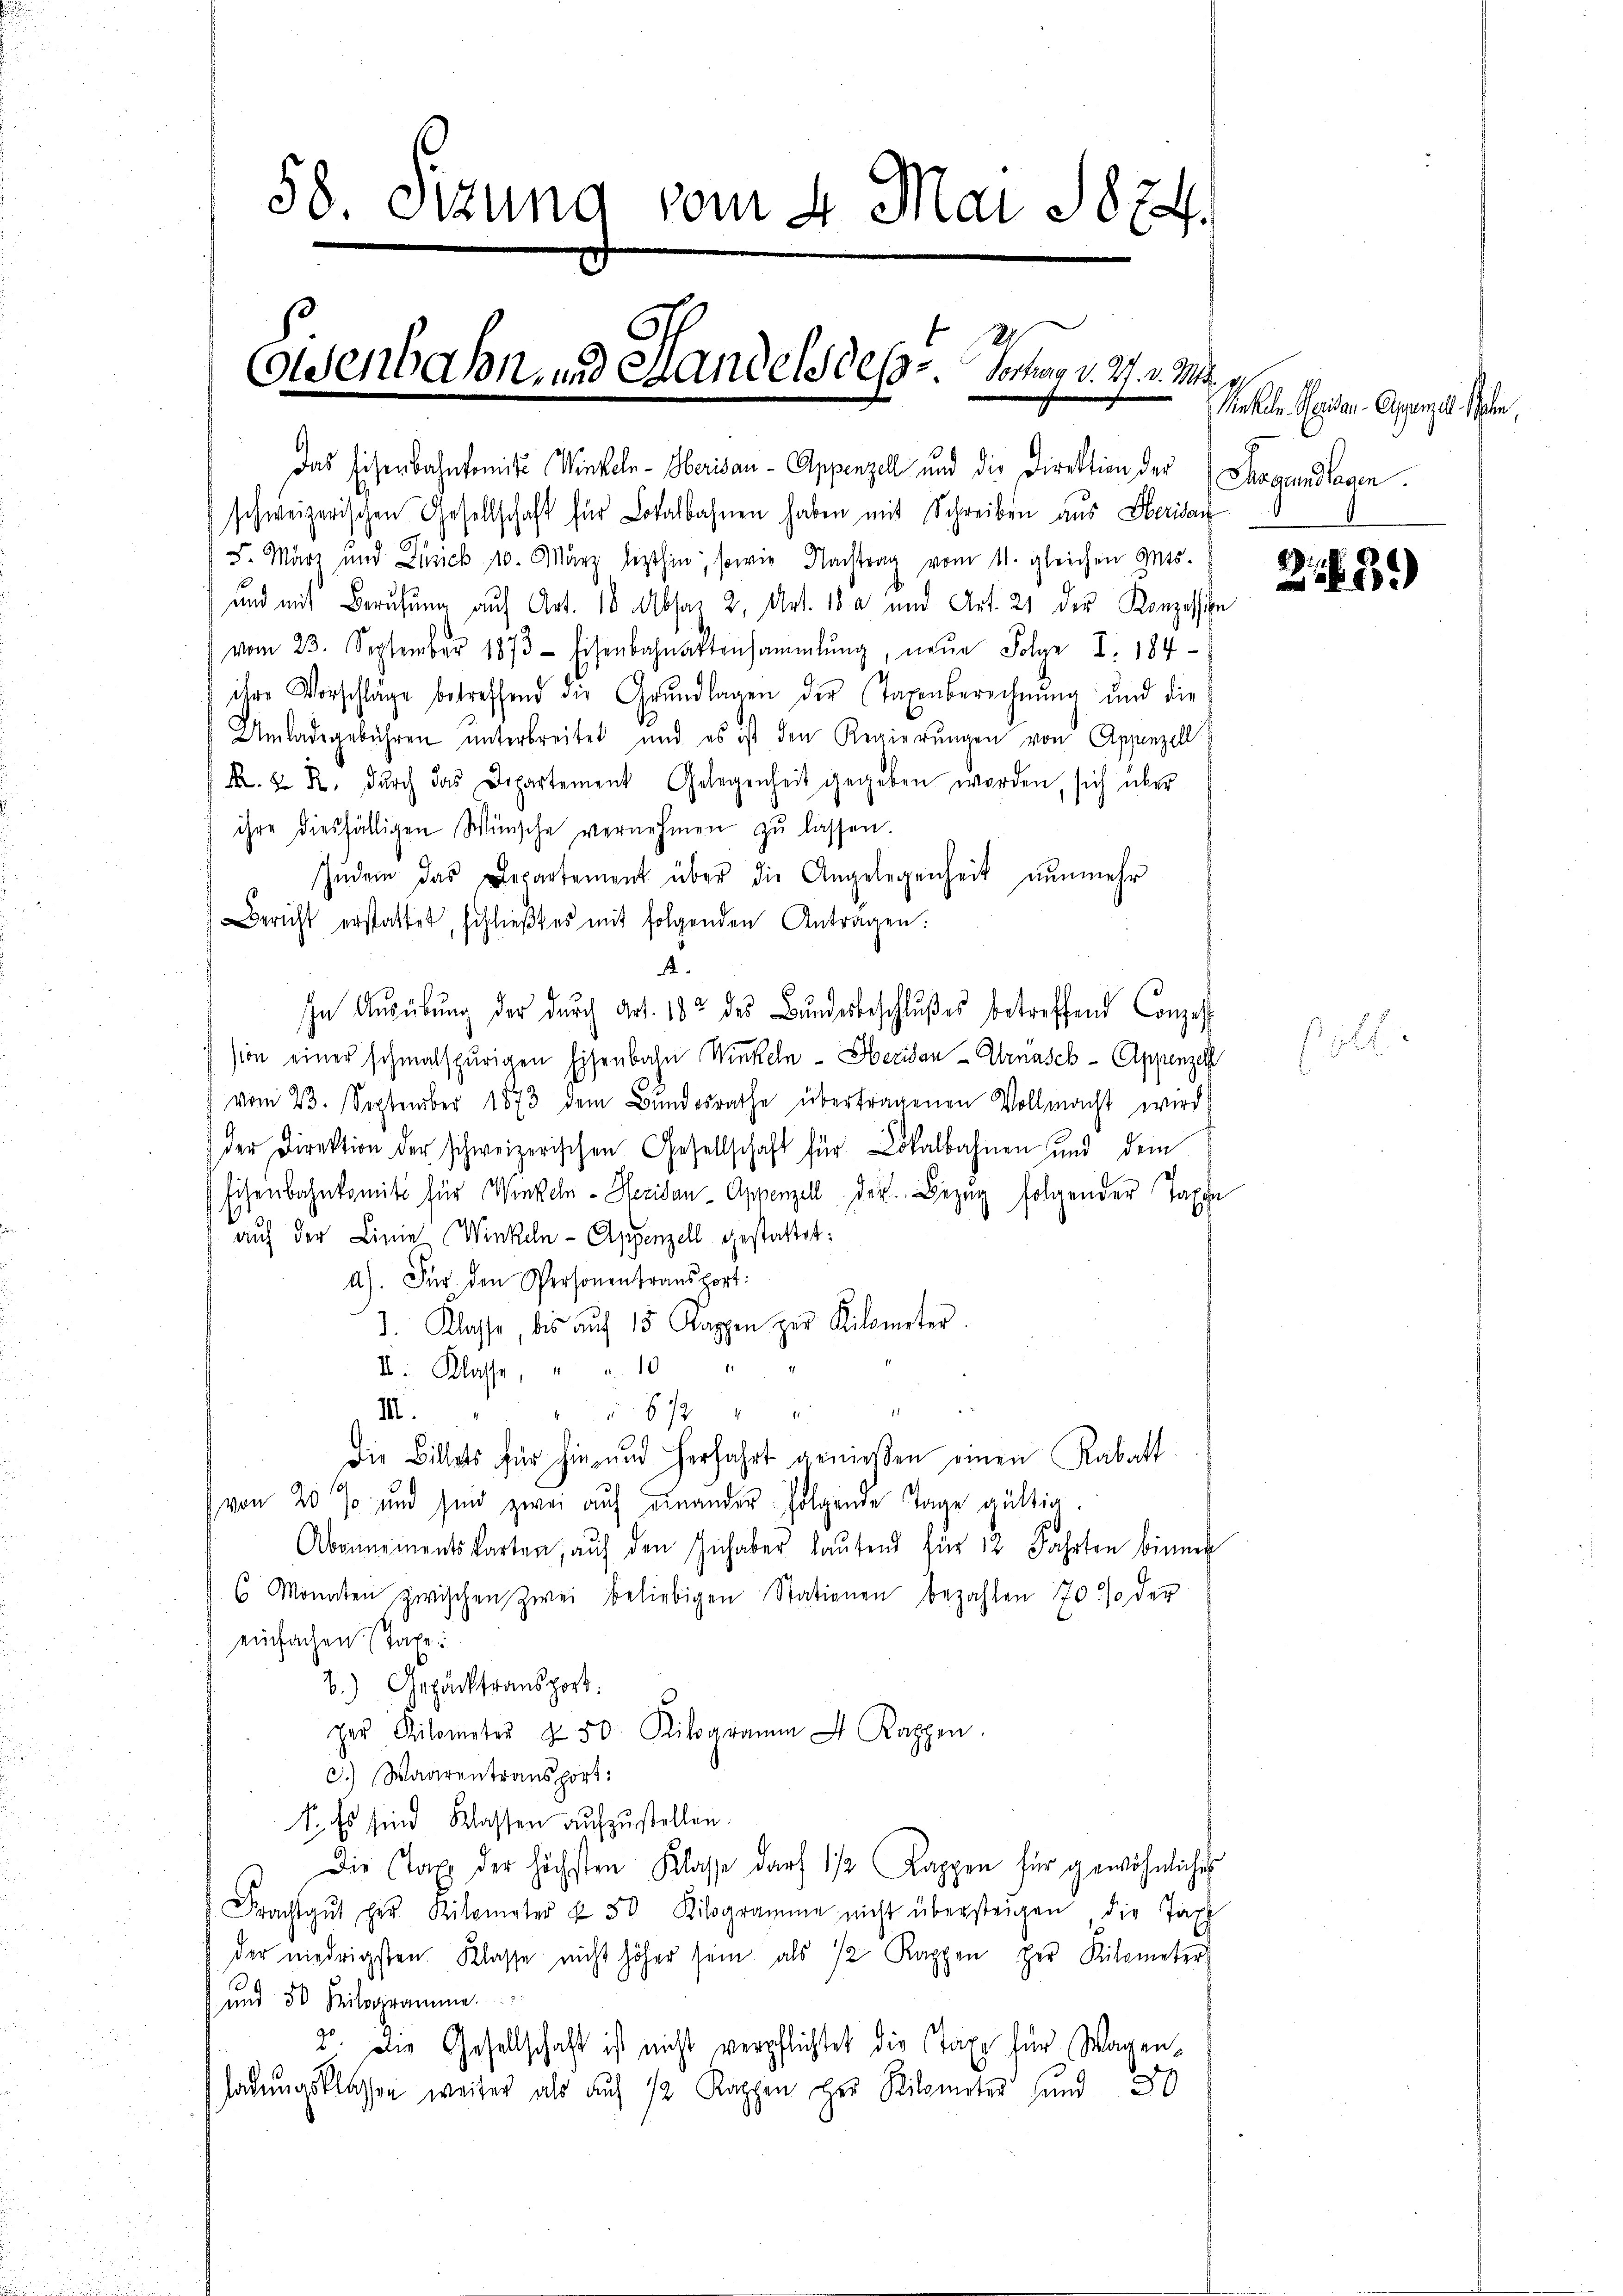
58. Sizung vom 4. Mai 1874.

Eisenbahn und Handels des . .   Toman v. 27. v. M.

Das Eisenbahnkomite Winkeln-Oberisau - Appenzell und die Direktion der
schweizerischen Gesellschaft für Lokalbahnen haben mit Schreiben aus Seria
F. März und Zusick 10. März lezthin, sowie Nachtrag vom 11. gleichen Mts.
und mit Berufung auf Art. 10 Absat 2, Art. 18 a und Art. 21 der Konzessie
vom 23. September 1873 Eisenbahnaktensammlung, neŭe Folge I. 184
ihre Vorschläge betreffend die Grŭndlagen der Taxenberechnŭng und die
Umladegebühren unterbreitet und es ist den Regierungen von Appenzell
K. u. R. dŭrch das Departement Gelegenheit gegeben worden, sich über-
ihre diesfälligen Wünsche vernehmen zŭ lassen.
Zŭdem das Departement über die Angelegenheit nŭnmehr
Bericht erstattet, schlieβt es mit folgenden Antragen:
.
In Aŭsübŭng der durch Art. 182 des Bŭndesbeschlußes betreffend Conzess
sion einer schmalspurigen Eisenbahn Winkeln - Heridau - Urnasch - Appenzell
vom 23. September 1873 dem Bundesrathe übertragenen Vollmacht wird
der Direktion der schweizerischen Gesellschaft für Lokalbahnen und dem
Eisenbahnkomit für Winkeln - Heridau - Appenzell der Bezug folgender Taxe
auf der Linie (Winkeln - Appenzell gestattet:
a). Für den Personentransport:
1. Klasse bis aŭf 15 Kappen zur Kilometer.
V Klasse, u. a. 10 "
u. 67
M.
Die Billets für hie und herfahrt genießen einen Rabatt
von 20 % und sind zwei auf einander folgende Tage gültig.
Abonnementskarten, aŭf den Inhaber laŭtend für 12. Fahrten binner
6 Monaten zwischen zwei beliebigen Stationen bezahlen 70 % der
einfachen Tage
2.) Gepäcktransport:
zer Kilometer z. 50 Kilogramm 4. Kappen.
c.) Waarentransport:
1., Es sind Klassen aufzustellen.
Die Taxe der höchsten Klasse darf 1/2 Kappen für gewöhnliches
Frachtgŭt her Kilometer & 50 Kilogramme nicht übersteigen die Tax
der niedrigsten Klasse nicht höher sein als 12 Kappen per Kilometer
 und 50 Kilogramme.
2. Die Gesellschaft ist nicht verpflichtet die Taxe für Wagenladungsklassen weiter als auch 12 Kappen zur Kilometer sind 30

Makele Geden Appenze Jahn,
Sargundlagen.

2 f. 331)

pött